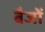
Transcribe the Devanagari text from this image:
बैजों